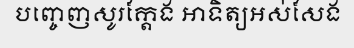
បញ្ចេញសូរក្តែង អាទិត្យអស់សែង